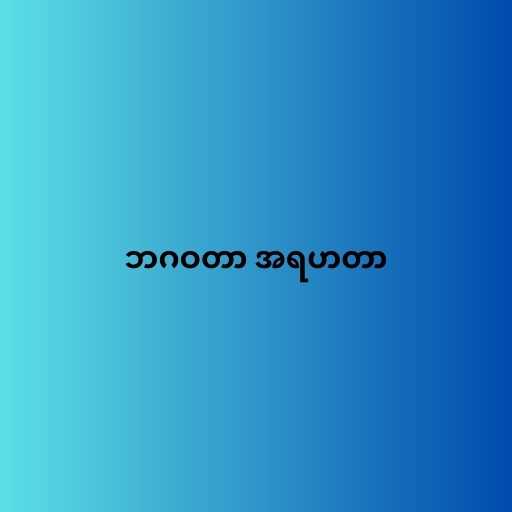
ဘဂဝတာ အရဟတာ